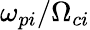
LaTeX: \omega_{pi}/\Omega_{ci}